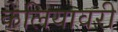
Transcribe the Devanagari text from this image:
केलियावरी